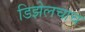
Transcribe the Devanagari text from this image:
डिझेलचाच